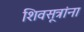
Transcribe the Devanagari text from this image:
शिवसूत्रांना